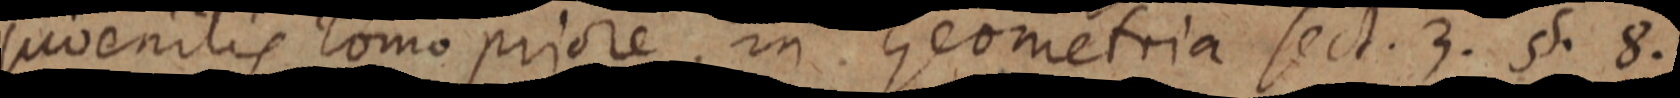
juvenilis lomo priore, in Geometria sect. 3. §. 8.